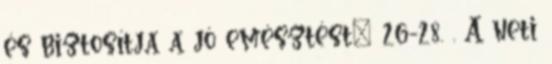
és biztosítja a jó emésztést" 26-28. . A neti